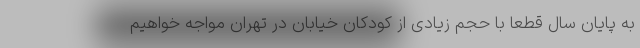
به پایان سال قطعا با حجم زیادی از کودکان خیابان در تهران مواجه خواهیم